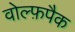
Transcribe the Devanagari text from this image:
वोल्फ़पैक